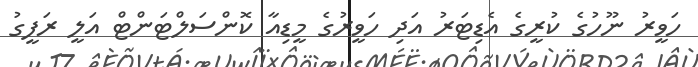
ހަވީރު ނޫހުގެ ކުރީގެ އެޑިޓަރު އަދި ހަވީރުގެ މީޑިއާ ކޮންސަލްޓަންޓް އަލީ ރަފީގު